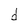
Character: d